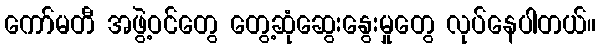
ကော်မတီ အဖွဲ့ဝင်တွေ တွေ့ဆုံဆွေးနွေးမှုတွေ လုပ်နေပါတယ်။